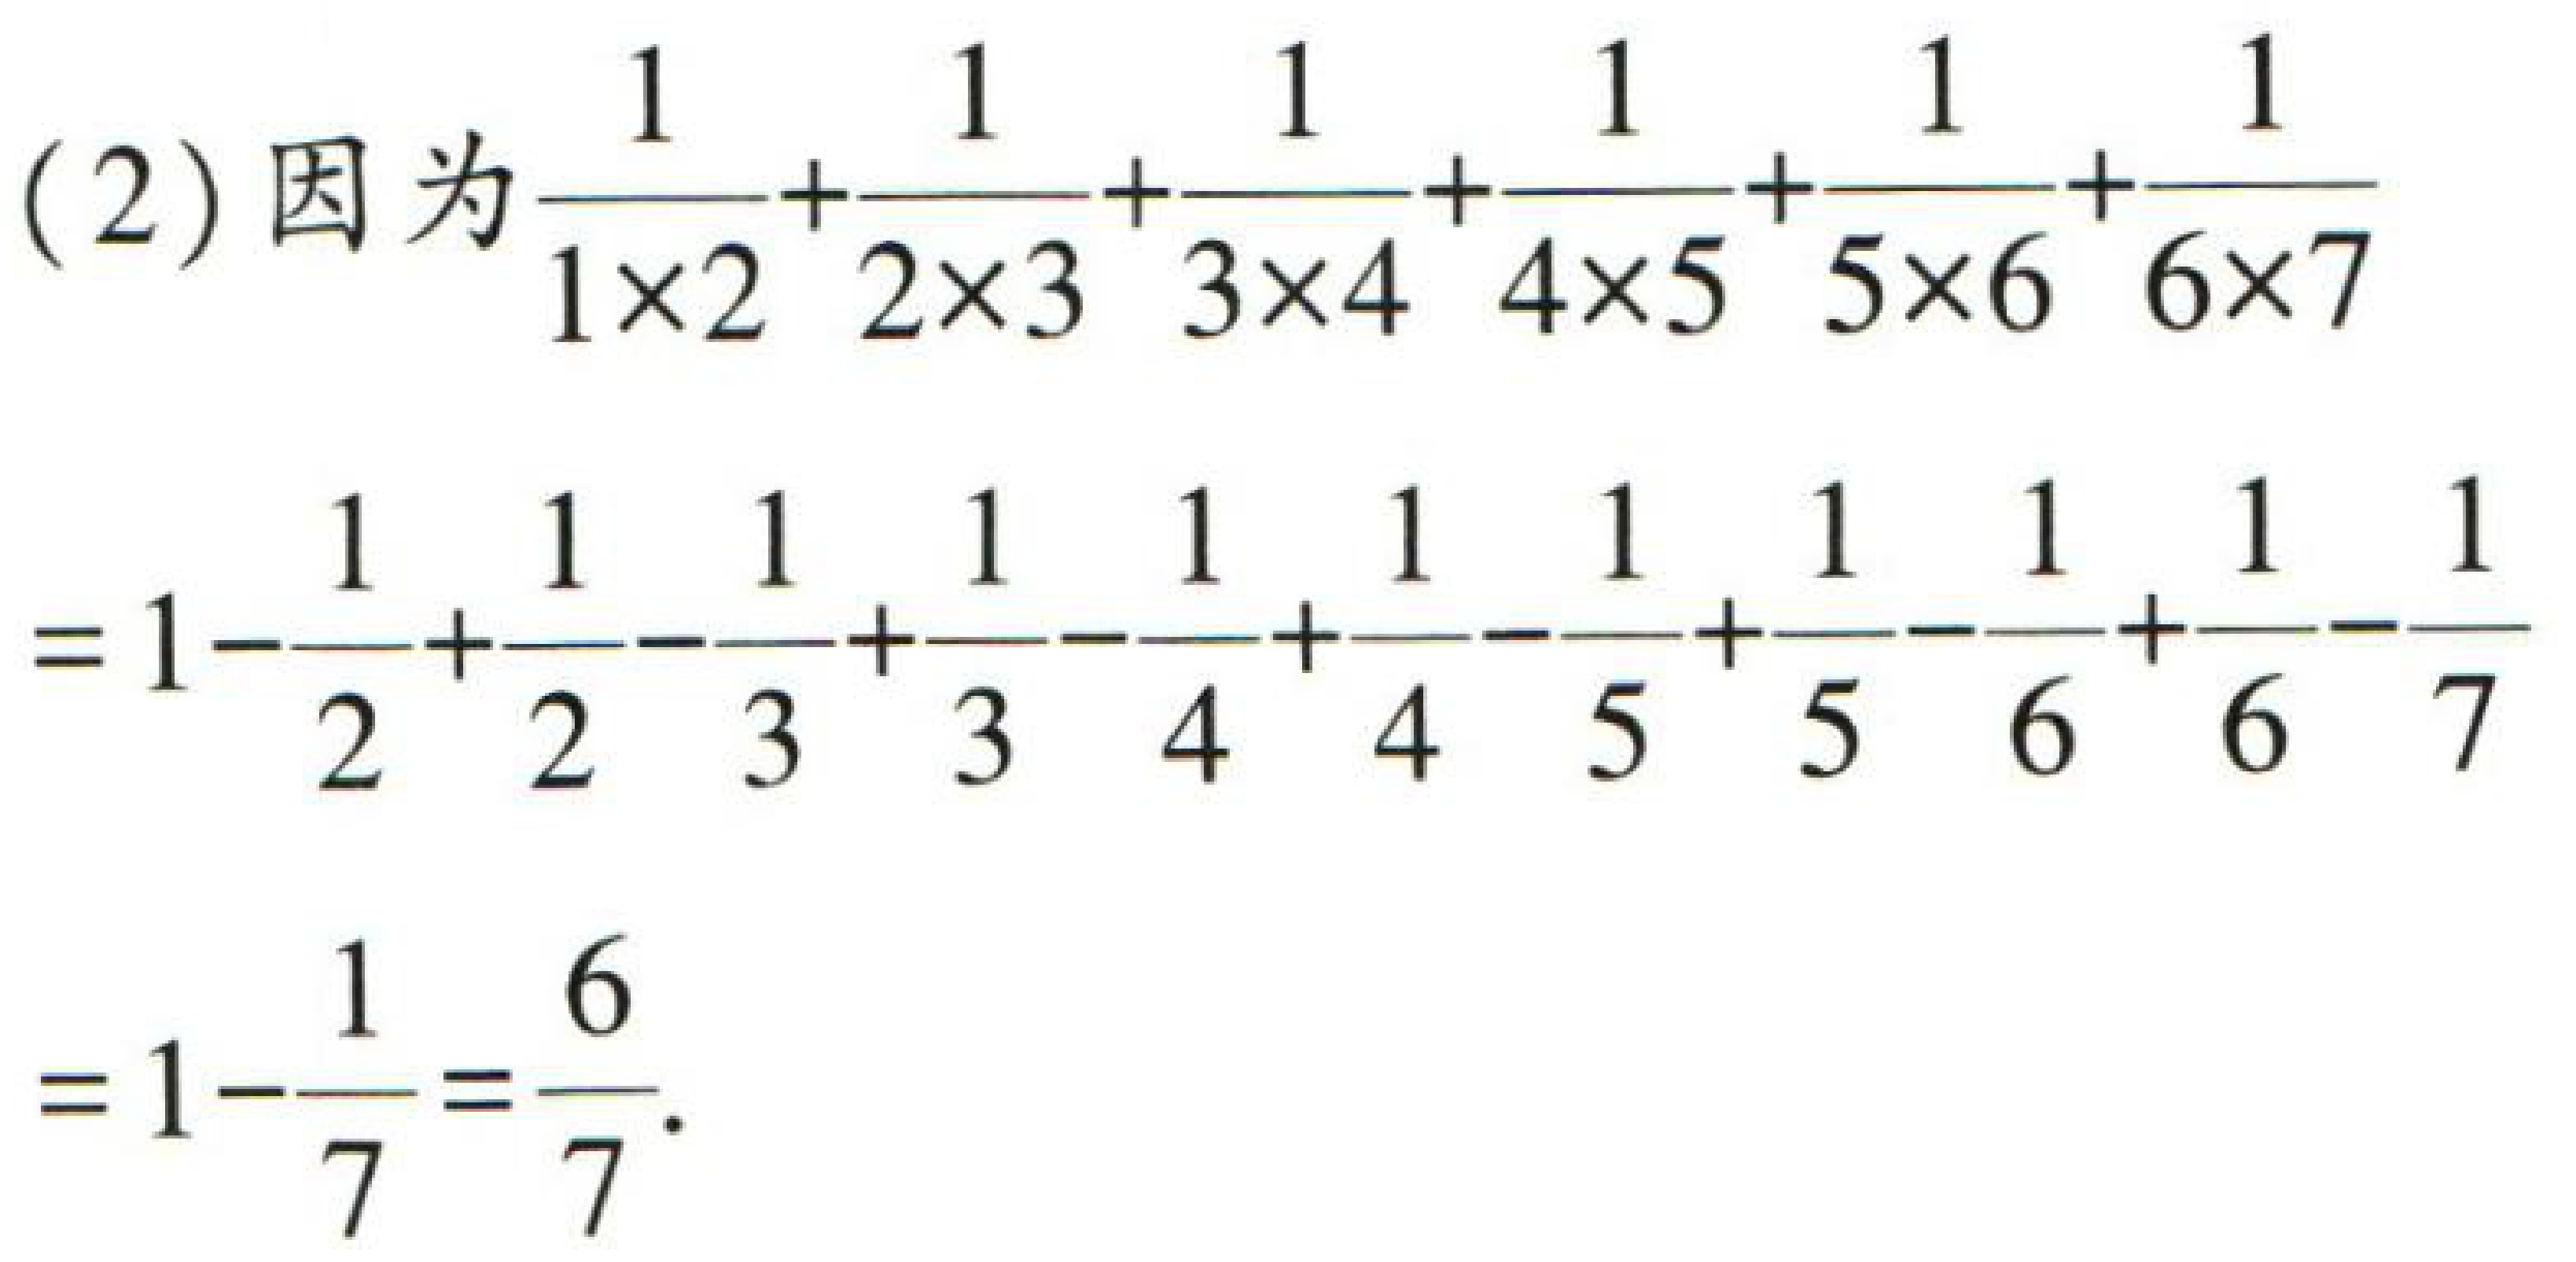
(2) 因为$\frac{1}{1\times2}+\frac{1}{2\times3}+\frac{1}{3\times4}+\frac{1}{4\times5}+\frac{1}{5\times6}+\frac{1}{6\times7}$
$=1 - \frac{1}{2}+\frac{1}{2}-\frac{1}{3}+\frac{1}{3}-\frac{1}{4}+\frac{1}{4}-\frac{1}{5}+\frac{1}{5}-\frac{1}{6}+\frac{1}{6}-\frac{1}{7}$
$=1-\frac{1}{7}=\frac{6}{7}.$